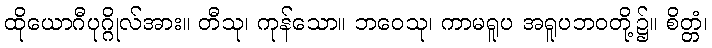
ထိုယောဂီပုဂ္ဂိုလ်အား။ တီသု၊ ကုန်သော။ ဘဝေသု၊ ကာမရူပ အရူပဘဝတို့၌။ စိတ္တံ၊